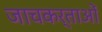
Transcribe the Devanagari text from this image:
जाचकर्ताओं